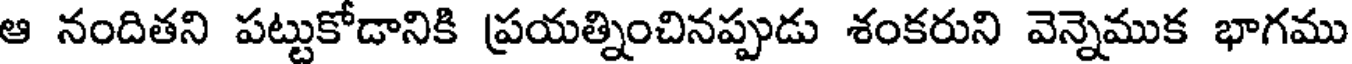
ఆ నందితని పట్టుకోడానికి ప్రయత్నించినప్పుడు శంకరుని వెన్నెముక భాగము